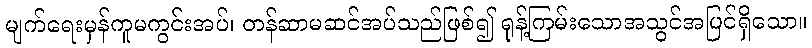
မျက်ရေးမှန်ကူမကွင်းအပ်၊ တန်ဆာမဆင်အပ်သည်ဖြစ်၍ ရုန့်ကြမ်းသောအသွင်အပြင်ရှိသော။